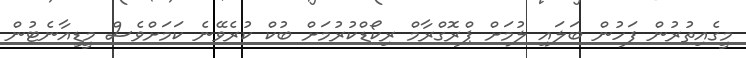
މީގެއިތުރުން ފަހުން ބަލައި ލުމަށް ޕްރޮގްރާމް ރިކޯޑްކުރުމަށް ބުކް ކުރެވޭނެ ކަަމަށްވެސް މީޑިއާނެޓުން